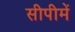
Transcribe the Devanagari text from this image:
सीपीमें